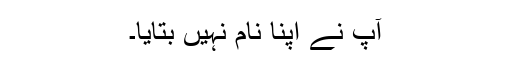
آپ نے اپنا نام نہیں بتایا۔